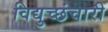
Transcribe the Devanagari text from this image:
विद्युच्छंचारी